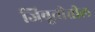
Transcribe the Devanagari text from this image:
जिबूतीतील